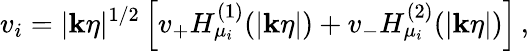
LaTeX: v_{i}=|\mathbf{k}\eta|^{1/2}\left[v_{+}H_{\mu_{i}}^{(1)}(|\mathbf{k}\eta|)+v_{-}H_{\mu_{i}}^{(2)}(|\mathbf{k}\eta|)\right]\, ,